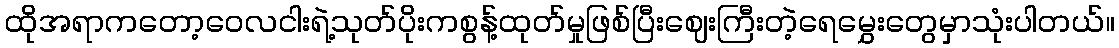
ထိုအရာကတော့ဝေလငါးရဲ့သုတ်ပိုးကစွန့်ထုတ်မှုဖြစ်ပြီးဈေးကြီးတဲ့ရေမွှေးတွေမှာသုံးပါတယ်။